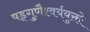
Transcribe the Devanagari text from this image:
षड्गुणैश्वर्ययुक्तो